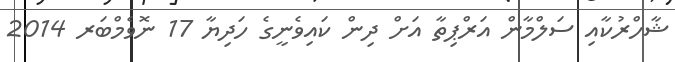
ޝާހްރުކާއި ސަލްމާން އަރްޕިތާ އަށް ދިން ކައިވެނީގެ ހަދިޔާ 17 ނޮވެމްބަރ 2014